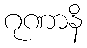
ဂုဏာနိ